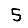
Digit: 5